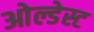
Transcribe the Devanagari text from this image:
ओल्डेस्ट